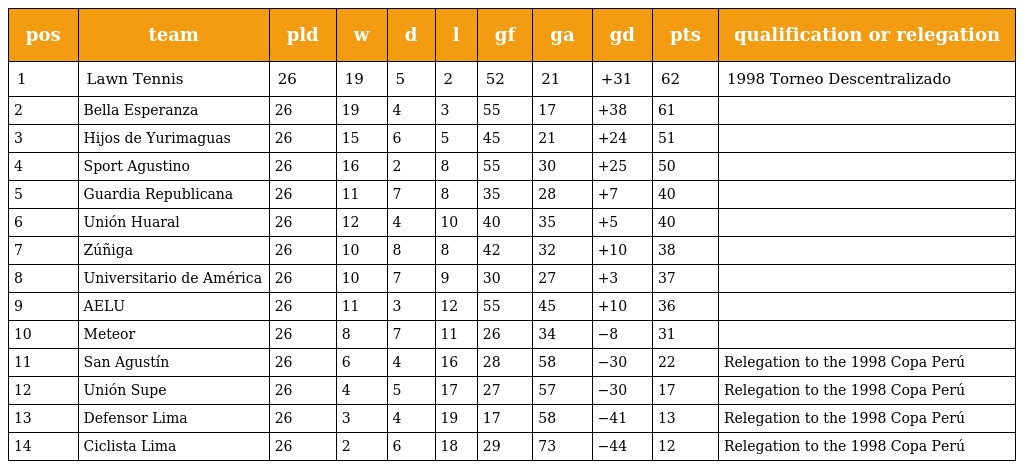
| pos | team | pld | w | d | l | gf | ga | gd | pts | qualification or relegation |
 | --- | --- | --- | --- | --- | --- | --- | --- | --- | --- | --- |
 | 1 | Lawn Tennis | 26 | 19 | 5 | 2 | 52 | 21 | +31 | 62 | 1998 Torneo Descentralizado |
 | 2 | Bella Esperanza | 26 | 19 | 4 | 3 | 55 | 17 | +38 | 61 |  |
 | 3 | Hijos de Yurimaguas | 26 | 15 | 6 | 5 | 45 | 21 | +24 | 51 |  |
 | 4 | Sport Agustino | 26 | 16 | 2 | 8 | 55 | 30 | +25 | 50 |  |
 | 5 | Guardia Republicana | 26 | 11 | 7 | 8 | 35 | 28 | +7 | 40 |  |
 | 6 | Unión Huaral | 26 | 12 | 4 | 10 | 40 | 35 | +5 | 40 |  |
 | 7 | Zúñiga | 26 | 10 | 8 | 8 | 42 | 32 | +10 | 38 |  |
 | 8 | Universitario de América | 26 | 10 | 7 | 9 | 30 | 27 | +3 | 37 |  |
 | 9 | AELU | 26 | 11 | 3 | 12 | 55 | 45 | +10 | 36 |  |
 | 10 | Meteor | 26 | 8 | 7 | 11 | 26 | 34 | −8 | 31 |  |
 | 11 | San Agustín | 26 | 6 | 4 | 16 | 28 | 58 | −30 | 22 | Relegation to the 1998 Copa Perú |
 | 12 | Unión Supe | 26 | 4 | 5 | 17 | 27 | 57 | −30 | 17 | Relegation to the 1998 Copa Perú |
 | 13 | Defensor Lima | 26 | 3 | 4 | 19 | 17 | 58 | −41 | 13 | Relegation to the 1998 Copa Perú |
 | 14 | Ciclista Lima | 26 | 2 | 6 | 18 | 29 | 73 | −44 | 12 | Relegation to the 1998 Copa Perú |